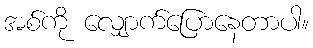
အစ်ကို လျှောက်ပြောနေတာပါ။